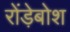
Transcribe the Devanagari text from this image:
रोंड़ेबोश